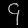
Digit: ၄